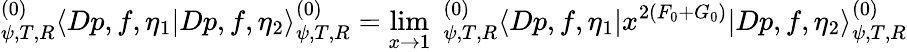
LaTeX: ^{(0)}_{\psi,T,R}\langle Dp,f,\eta_{1}|Dp,f,\eta_{2}\rangle_{\psi,T,R}^{(0)}=\operatorname*{lim}_{x\to 1}\; _{\psi,T,R}^{(0)}\langle Dp,f,\eta_{1}|x^{2(F_{0}+G_{0})}|Dp,f,\eta_{2}\rangle_{\psi,T,R}^{(0)}